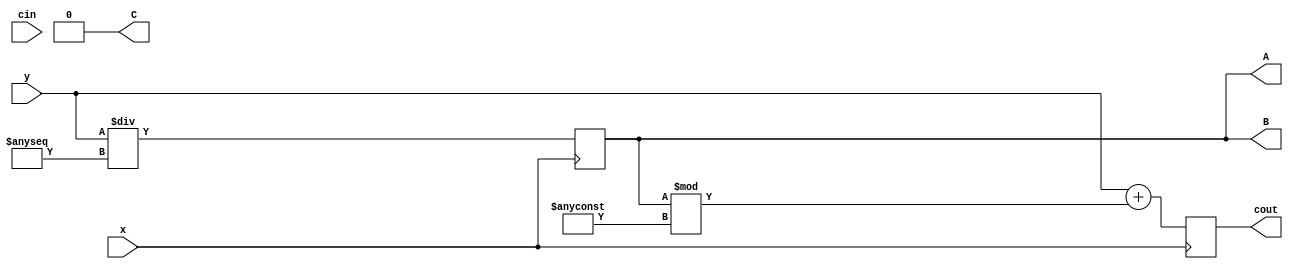
module top
(
 input x,
 input y,
 input cin,

 output reg A,
 output reg cout,
 output reg B,C
 );

 reg ASSERT = 1;
 (* anyconst *) reg foo;
 (* anyseq *) reg too;




 initial begin
    begin
        A = 0;
        cout = 0;
    end
 end

always @(posedge x) begin
    A <=  y / too;
end
always @(posedge x) begin
        cout <=  y + A % foo;
end
assign {B,C} =  {cout,A} << 1;

endmodule